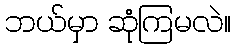
ဘယ်မှာ ဆုံကြမလဲ။